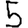
Digit: 5